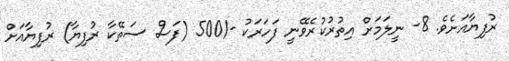
ރުފިޔާއަށެވެ. 8- ނީލަމަށް އިތުރުކުރެވޭނީ ފަހަރަކު -/500 (ފަސް ސަތޭކާ ރުފިޔާ) ރުފިޔާއަށް